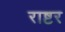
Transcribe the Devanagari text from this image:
राष्टर